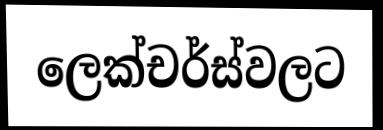
ලෙක්චර්ස්වලට